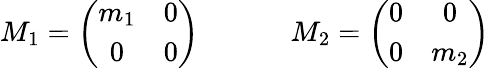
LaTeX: M_{1}=\left(\begin{array}{cc}{{m_{1}}}&{{0}}\\ {{0}}&{{0}}\end{array}\right)\ \ \ \ \ \ \ \ \ \ \ \ \ M_{2}=\left(\begin{array}{cc}{{0}}&{{0}}\\ {{0}}&{{m_{2}}}\end{array}\right)